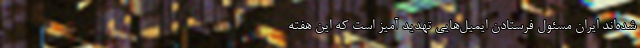
شده‌اند ایران مسئول فرستادن ایمیل‌هایی تهدید آمیز است که این هفته